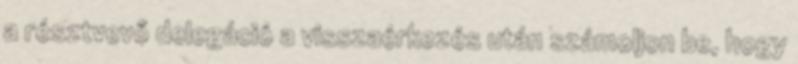
a résztvevő delegáció a visszaérkezés után számoljon be, hogy